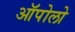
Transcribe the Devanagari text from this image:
ऑपोलो